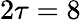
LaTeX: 2\tau=8